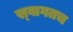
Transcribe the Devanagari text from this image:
स्‍वागतच